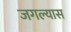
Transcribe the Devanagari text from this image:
जगल्यास